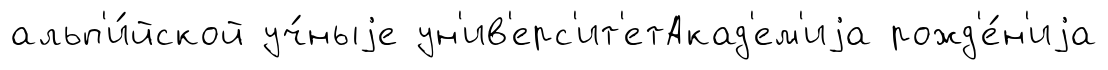
альп'и́йской уч́ныjе ун'ив'ерс'ит'етАкад'ем'иjа рожд'е́н'иjа